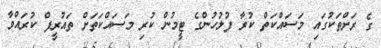
ގެ ރަށްތަކުގައި މަސައްކަތް ކުރާ ފުލުހުންގެ ޓީމުން ކުރި މަސައްކަތަށް ތައުރީފް ކުރައްވާ